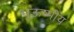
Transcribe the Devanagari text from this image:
भूऊष्मीय